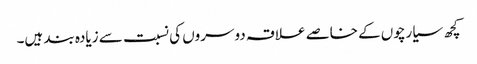
کچھ سیارچوں کے خاصے علاقہ دوسروں کی نسبت سے زیادہ بند ہیں۔